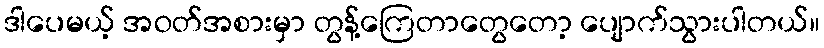
ဒါပေမယ့် အဝတ်အစားမှာ တွန့်ကြေတာတွေတော့ ပျောက်သွားပါတယ်။